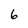
Character: 6